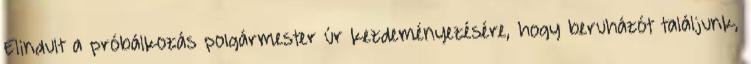
Elindult a próbálkozás polgármester úr kezdeményezésére, hogy beruházót találjunk,